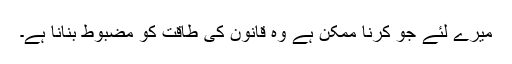
میرے لئے جو کرنا ممکن ہے وه قانون کى طاقت کو مضبوط بنانا ہے۔